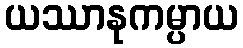
ယဿာနုကမ္ပာယ